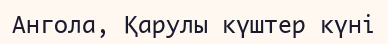
Ангола, Қарулы күштер күні